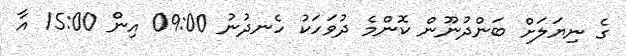
ގެ ނިޔަލަށް ބަންދުނޫން ކޮންމެ ދުވަހަކު ހެނދުނު 09:00 އިން 15:00 އާ